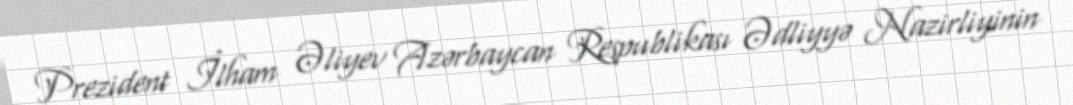
Prezident İlham Əliyev Azərbaycan Respublikası Ədliyyə Nazirliyinin